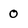
Character: 0